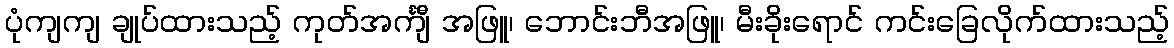
ပုံကျကျ ချုပ်ထားသည့် ကုတ်အင်္ကျီ အဖြူ၊ ဘောင်းဘီအဖြူ၊ မီးခိုးရောင် ကင်းခြေလိုက်ထားသည့်